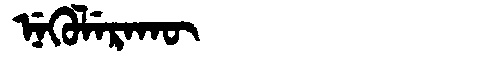
Manchu: ᠨᡝᡴᡠᠯᡝᡵᠠᡴᡡ
Romanization: NEKULERAKŪ